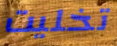
تخليت